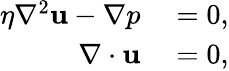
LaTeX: \begin{array}{rl}{\eta\nabla^{2}\mathbf{u}-\nabla p}&{{}=0,}\\ {\nabla\cdot\mathbf{u}}&{{}=0,}\end{array}